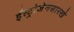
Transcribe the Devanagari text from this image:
ईस्ट्रोजेनसारखे